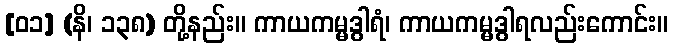
[၀၁] (နိ၊ ၁၃၈) တို့နည်း။ ကာယကမ္မဒွါရံ၊ ကာယကမ္မဒွါရလည်းကောင်း။